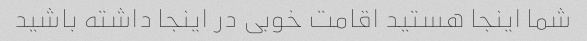
شما اینجا هستید اقامت خوبی در اینجا داشته باشید